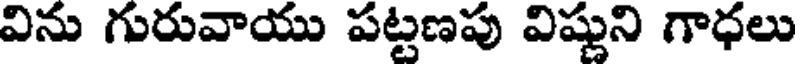
విను గురువాయు పట్టణపు విష్ణుని గాధలు